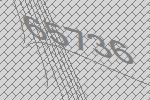
65736